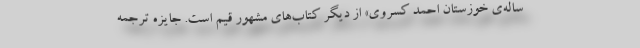
ساله‌ی خوزستان احمد کسروی» از دیگر کتاب‌های مشهور قیم است. جایزه ترجمه